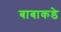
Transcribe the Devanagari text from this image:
बाबाकडे